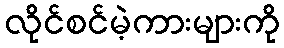
လိုင်စင်မဲ့ကားများကို